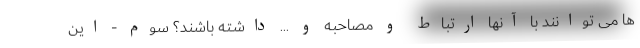
ها می توانند با آنها ارتباط و مصاحبه و ... داشته باشند؟ سوم - این